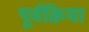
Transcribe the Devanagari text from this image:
पूर्वक्रिया